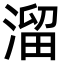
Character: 溜